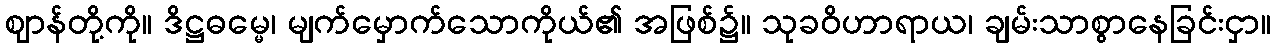
ဈာန်တို့ကို။ ဒိဋ္ဌဓမ္မေ၊ မျက်မှောက်သောကိုယ်၏ အဖြစ်၌။ သုခဝိဟာရာယ၊ ချမ်းသာစွာနေခြင်းငှာ။